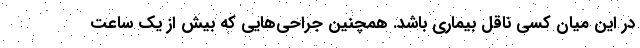
در این میان کسی ناقل بیماری باشد. همچنین جراحی‌هایی که بیش از یک ساعت